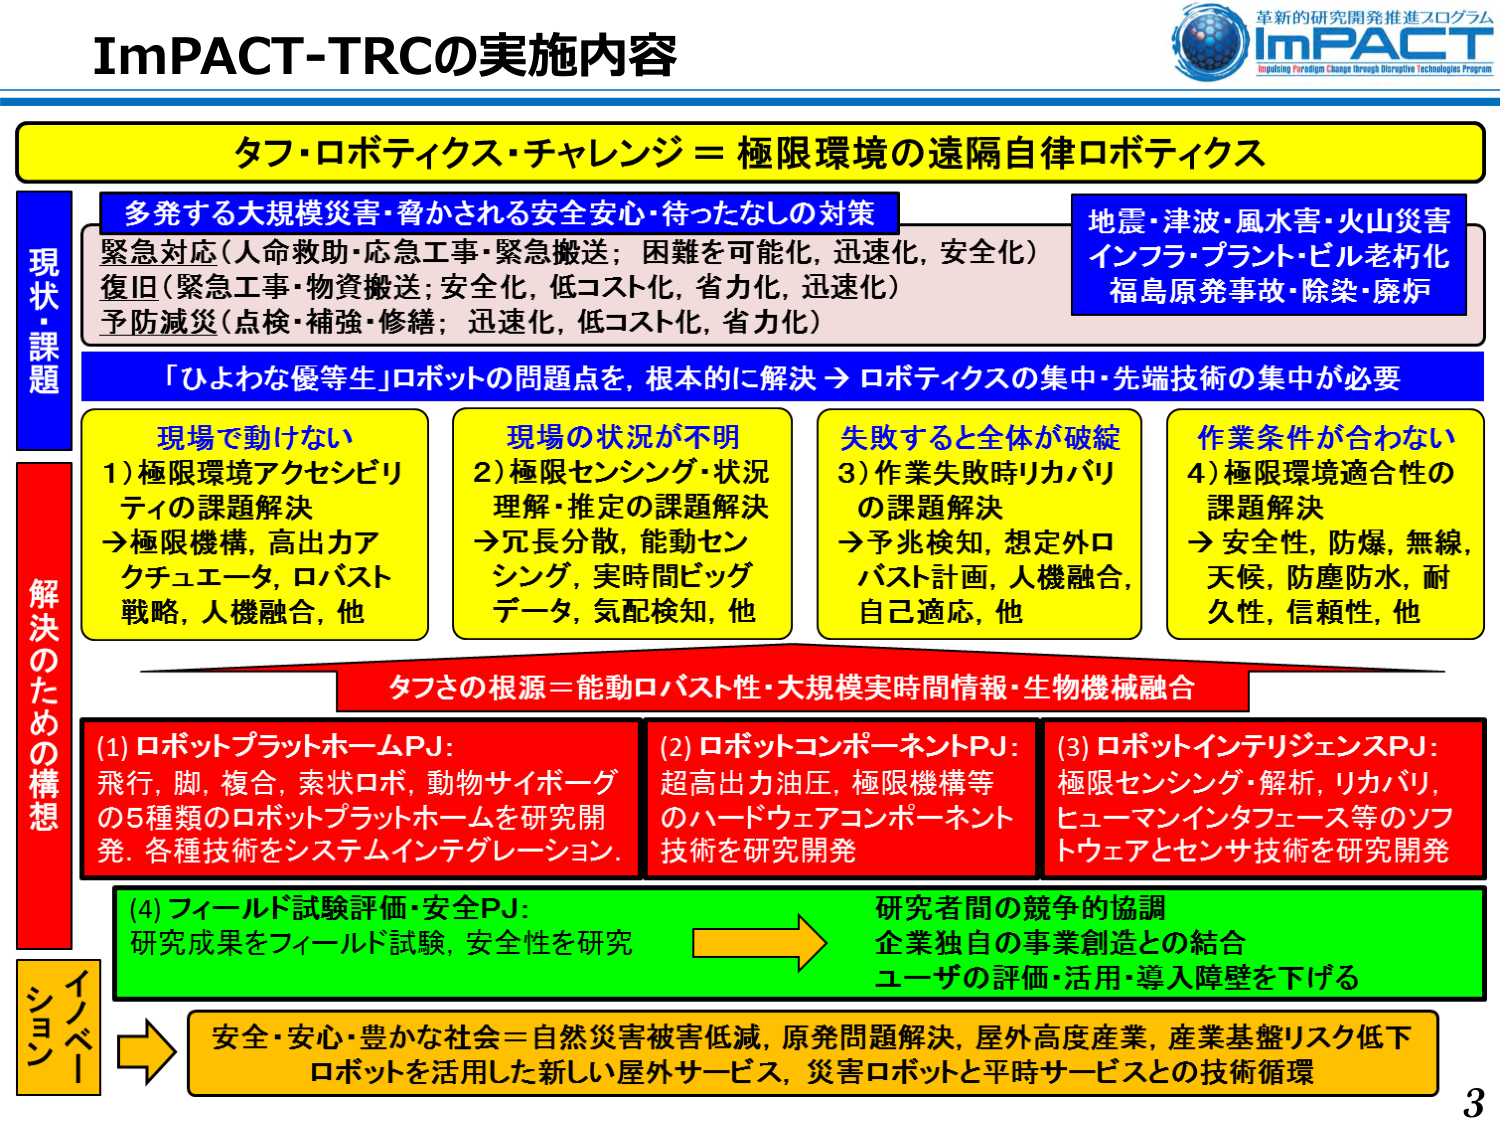
ImPACT-TRCの実施内容

タフ・ロボティクス・チャレンジ＝極限環境の遠隔自律ロボティクス

現状・課題
多発する大規模災害・脅かされる安全安心・待ったなしの対策
緊急対応（人命救助・応急工事・緊急搬送；困難を可能性，迅速化，安全性）
復旧（緊急工事・物資搬送；安全性，低コスト化，省力化，迅速化）
予防減災（点検・補強・修繕；迅速化，低コスト化，省力化）
地震・津波・風水害・火山災害
インフラ・プラント・ビル老朽化
福島原発事故・除染・廃炉

「ひよな優等生」ロボットの問題点を，根本的に解決 → ロボティクスの集中・先端技術の集中が必要

解決のための構想
現場で動けない
1）極限環境アクセシビリティの課題解決
→極限機構，高出力アクチュエータ，ロバスト戦略，人機融合，他

現場の状況が不明
2）極限センシング・状況理解・推定の課題解決
→冗長分散，能動センシング，実時間ビッグデータ，気配検知，他

失敗すると全体が破綻
3）作業失敗時リカバリの課題解決
→予兆検知，想定外ロバスト計画，人機融合，自己適応，他

作業条件が合わない
4）極限環境適合性の課題解決
→安全性，防爆，無線，天候，防塵防水，耐久性，信頼性，他

タフさの根源＝能動ロバスト性・大規模実時間情報・生物機械融合

(1) ロボットプラットホームPJ：
飛行，脚，複合，索状ロボ，動物サイボーグ
の5種類のロボットプラットホームを研究開発．各種技術をシステムインテグレーション．

(2) ロボットコンポーネントPJ：
超高出力油圧，極限機構等
のハードウェアコンポーネント
技術を研究開発

(3) ロボットインテリジェンスPJ：
極限センシング・解析，リカバリ，
ヒューマンインタフェース等のソフトウェアとセンサ技術を研究開発

(4) フィールド試験評価・安全PJ：
研究成果をフィールド試験，安全性を研究

研究者間の競争的協調
企業独自の事業創造との結合
ユーザの評価・活用・導入障壁を下げる

イノベーション
安全・安心・豊かな社会＝自然災害被害低減，原発問題解決，屋外高度産業，産業基盤リスク低下
ロボットを活用した新しい屋外サービス，災害ロボットと平時サービスとの技術循環

革新的研究開発推進プログラム
ImPACT
Impulsing Paradigm Change through Disruptive Technologies Program

3